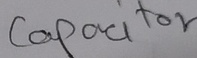
Text: Capacitor